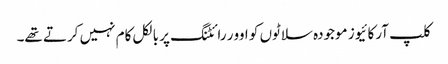
کلپ آرکائیوز موجودہ سلاٹوں کو اوور رائٹنگ پر بالکل کام نہیں کرتے تھے۔